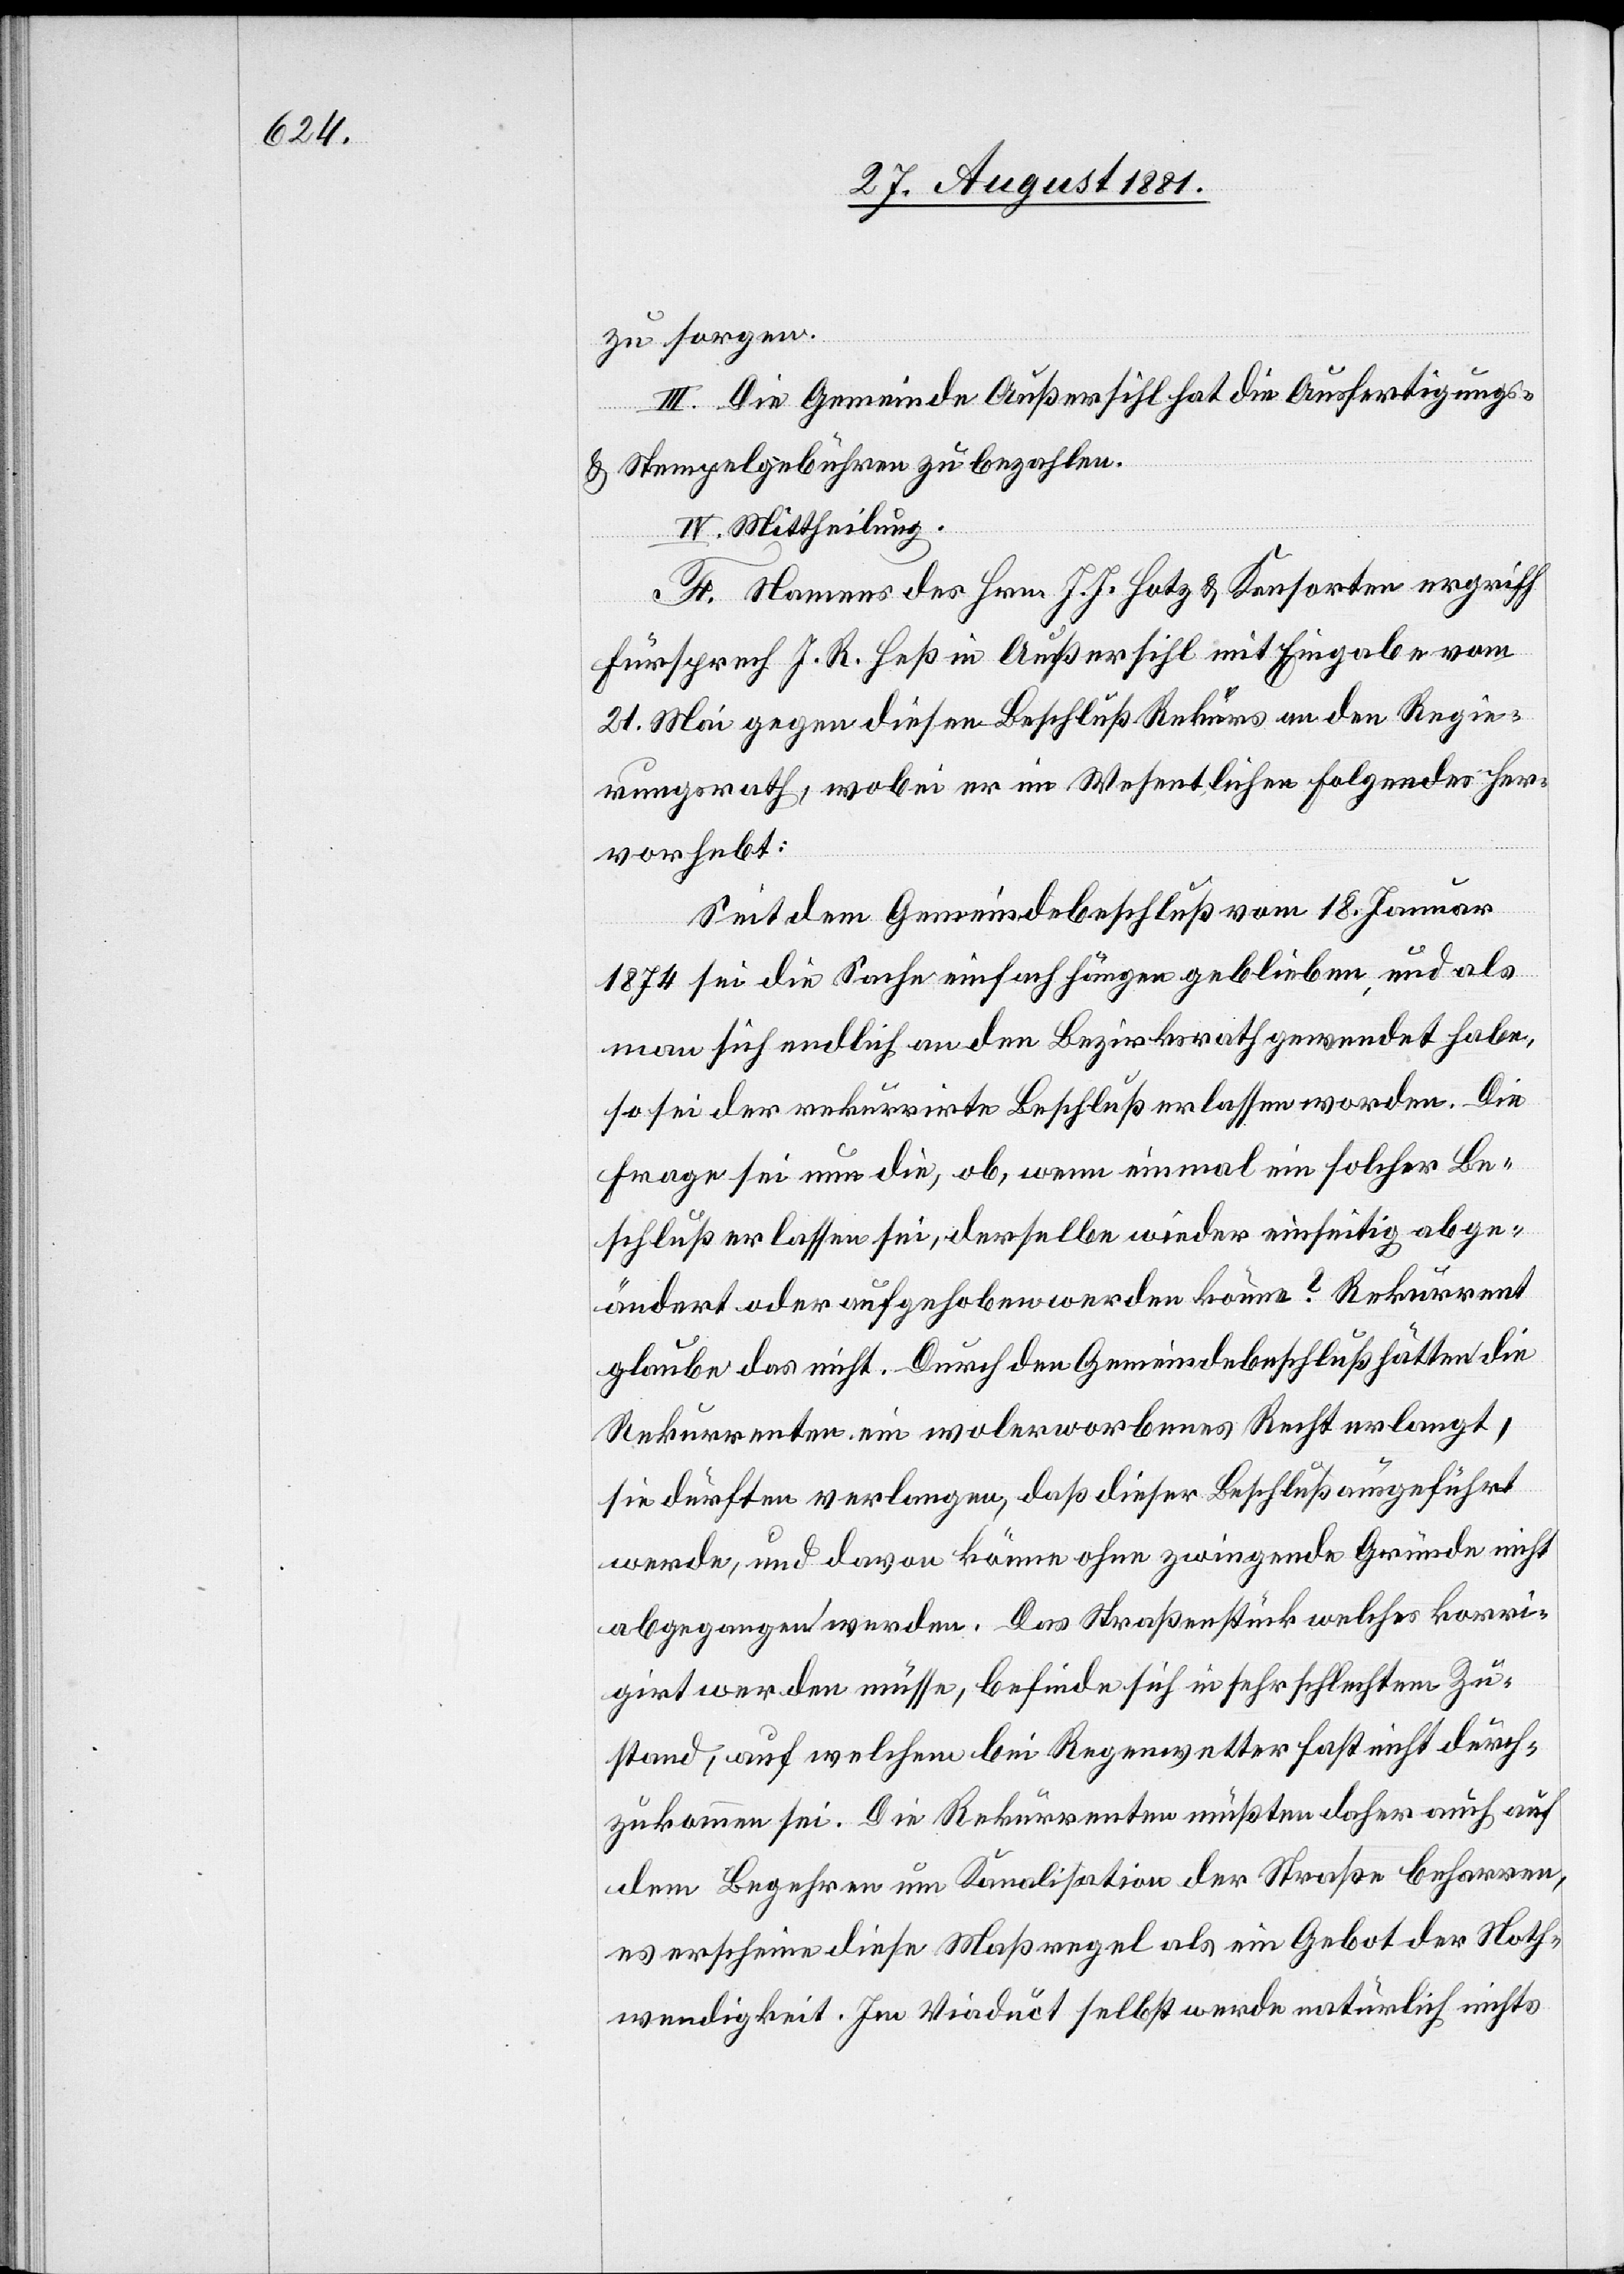
zu sorgen.
III. Die Gemeinde Außersihl hat die Ausfertigungs-
& Stempelgebühren zu bezahlen.
IV. Mittheilung.
F. Namens des Hrn. J. J. Hotz & Konsorten ergriff
Fürsprech J. R. Heß in Außersihl mit Eingabe vom
21. Mai gegen diesen Beschluß Rekurs an den Regie¬
rungsrath, wobei er im Wesentlichen Folgendes her¬
vorhebt:
Seit dem Gemeindebeschluß vom 18. Januar
1874 sei die Sache einfach hängen geblieben, und als
man sich endlich an den Bezirksrath gewendet habe,
so sei der rekurrirte Beschluß erlassen worden. Die
Frage sei nun die, ob, wenn einmal ein solcher Be¬
schluß erlassen sei, derselbe wieder einseitig abge¬
ändert oder aufgehoben werden könne? Rekurrent
glaube das nicht. Durch den Gemeindebeschluß hätten die
Rekurrenten ein wolerworbenes Recht erlangt,
sie dürften verlangen, daß dieser Beschluß ausgeführt
werde, und davon ohne zwingende Gründe nicht
abgegangen werden. Das Straßenstück[,] welches korri¬
girt werden müsse, befinde sich in sehr schlechtem Zu¬
stand, auf welchem bei Regenwetter fast nicht durch¬
zukommen sei. Die Rekurrenten müßten daher auch auf
dem Begehren um Kanalisation der Straße beharren,
es erscheine diese Maßregel als ein Gebot der Noth¬
wendigkeit. Im Viaduct selbst wurde natürlich nichts